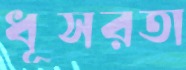
ধূসরতা